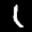
Label: 1